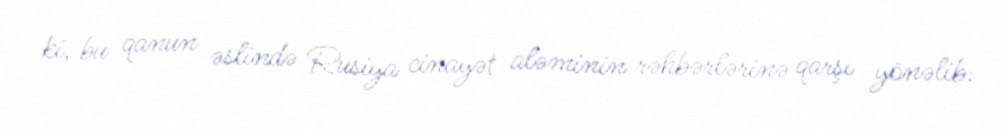
ki, bu qanun əslində Rusiya cinayət aləminin rəhbərlərinə qarşı yönəlib: